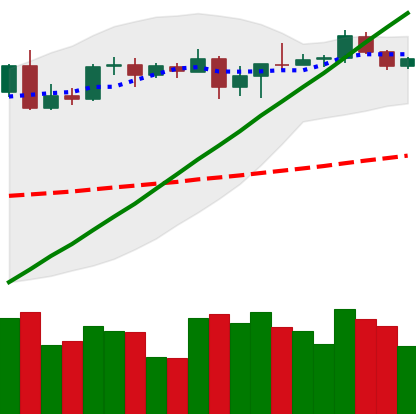
Ticker: BTC-USD
Chart end date: 2020-08-20
Forward return: -4.312%
Label: down_3_5